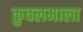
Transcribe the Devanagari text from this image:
कुवलमाला